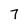
Character: 7